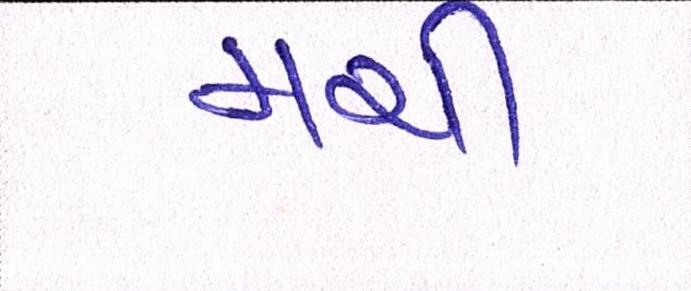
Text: મચી